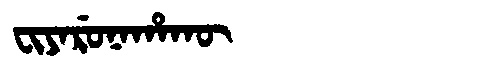
Manchu: ᠸᡳᠶᠠᡵᡠᠨᠠᡥᠠᡴᡡ
Romanization: FIYARUNAHAKŪ